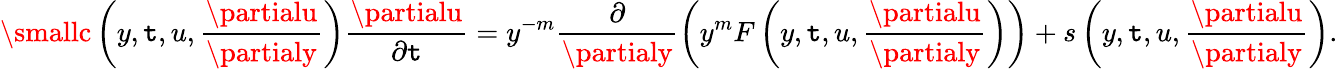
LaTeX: \smallc\left(y,\mathtt{t},u,\frac{{\partialu}}{{\partialy}}\right)\frac{{\partialu}}{{\partial\mathtt{t}}}=y^{-m}\frac{{\partial}}{{\partialy}}\left(y^{m}F\left(y,\mathtt{t},u,\frac{{\partialu}}{{\partialy}}\right)\right)+s\left(y,\mathtt{t},u,\frac{{\partialu}}{{\partialy}}\right).